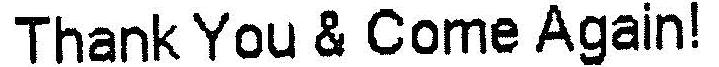
THANK YOU & COME AGAIN!